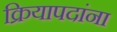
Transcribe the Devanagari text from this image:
क्रियापदांना